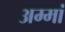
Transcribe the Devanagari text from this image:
अम्‍मां